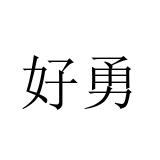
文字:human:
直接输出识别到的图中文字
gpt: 好勇